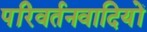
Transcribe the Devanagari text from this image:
परिवर्तनवादियों